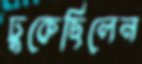
ঢুকেছিলেন